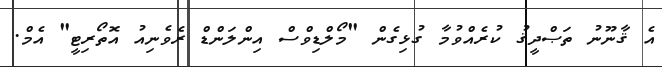
އެ ޤާނޫނު ތަޞްދީޤު ކުރެއްވުމާ ގުޅިގެން "މޯލްޑިވްސް އިންލަންޑް ރެވެނިއު އޮތޯރިޓީ" އެމް.